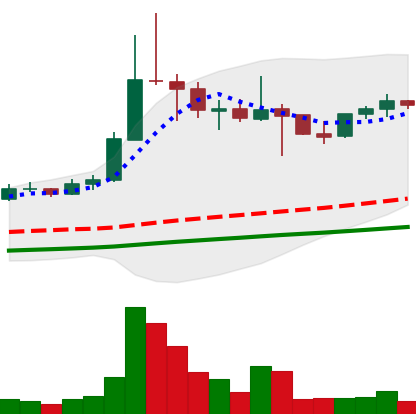
Ticker: ETC-USD
Chart end date: 2021-04-29
Forward return: 101.668%
Label: up_7plus